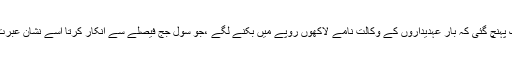
بات یہاں تک پہنچ گئی کہ بار عہدیداروں کے وکالت نامے لاکھوں روپے میں بکنے لگے ،جو سول جج فیصلے سے انکار کرتا اُسے نشانِ عبرت بنا دیا جاتا۔